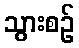
သွားစဉ်